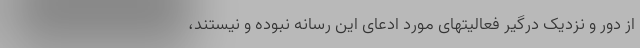
از دور و نزدیک درگیر فعالیتهای مورد ادعای این رسانه نبوده و نیستند،